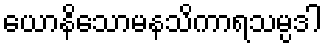
ယောနိသောမနသိကာရသမ္ပဒါ